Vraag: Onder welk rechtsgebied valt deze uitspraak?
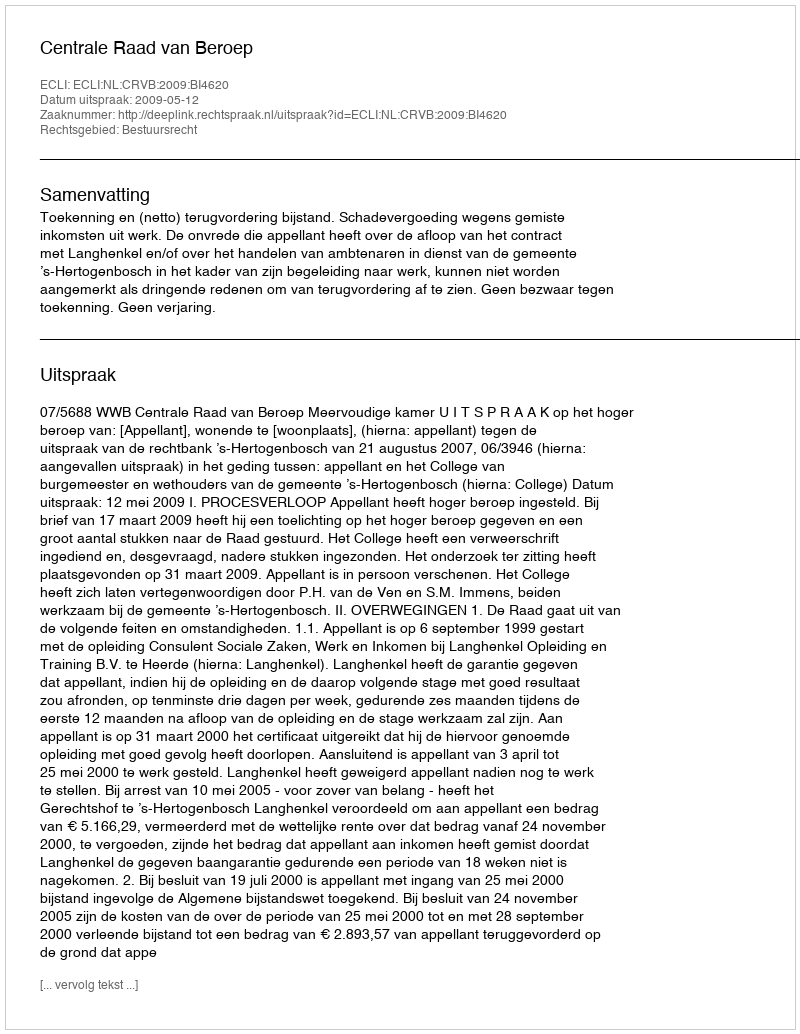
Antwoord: Bestuursrecht